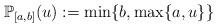
LaTeX: \begin{align*} \mathbb{P}_{[a,b]}(u):=\min\{b,\max\{a,u\}\}\end{align*}